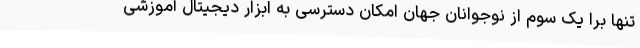
تنها برا یک سوم از نوجوانان جهان امکان دسترسی به ابزار دیجیتال آموزشی